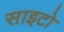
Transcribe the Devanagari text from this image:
साइटो